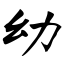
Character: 幼